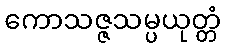
ကောသဇ္ဇသမ္ပယုတ္တံ